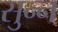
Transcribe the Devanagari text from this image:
सुन्‍न